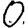
Digit: 0